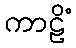
ကာဠိံ